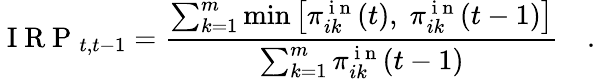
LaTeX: \mathrm{~I~R~P~}_{t,t-1}=\frac{\sum_{k=1}^{m}\operatorname*{min}\left[\pi_{ik}^{\mathrm{~i~n~}}(t),\; \pi_{ik}^{\mathrm{~i~n~}}(t-1)\right]}{\sum_{k=1}^{m}\pi_{ik}^{\mathrm{~i~n~}}(t-1)}\quad.